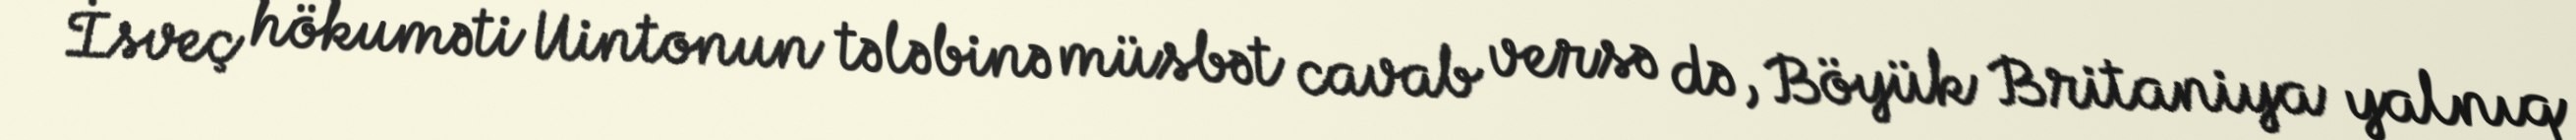
İsveç hökuməti Uintonun tələbinə müsbət cavab versə də, Böyük Britaniya yalnıq